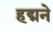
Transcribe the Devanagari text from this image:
हद्मने